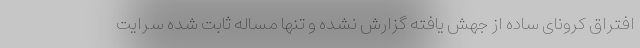
افتراق کرونای ساده از جهش یافته گزارش نشده و تنها مساله ثابت شده سرایت